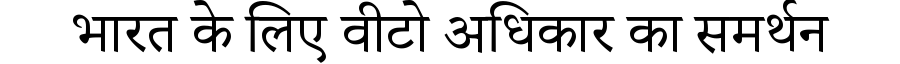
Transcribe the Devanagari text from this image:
भारत के लिए वीटो अधिकार का समर्थन